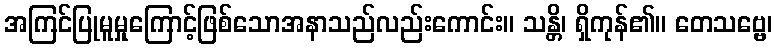
အကြင်ပြုမူမှုကြောင့်ဖြစ်သောအနာသည်လည်းကောင်း။ သန္တိ၊ ရှိကုန်၏။ တေသဗ္ဗေ၊